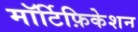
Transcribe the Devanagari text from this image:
मॉर्टिफ़िकेशन